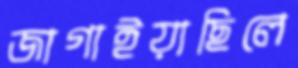
জাগাইয়াছিলে